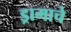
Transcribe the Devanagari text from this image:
ड्रामाचे